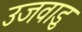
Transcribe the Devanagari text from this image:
उजवाडु